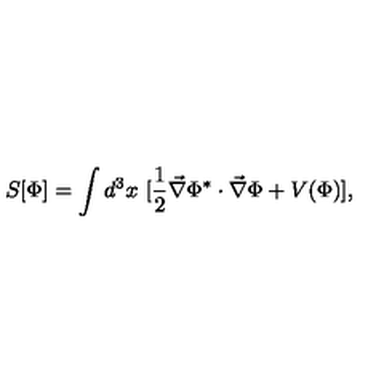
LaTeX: S [ \Phi ] = \int d ^ { 3 } x \ [ \frac { 1 } { 2 } \vec { \nabla } \Phi ^ { * } \cdot \vec { \nabla } \Phi + V ( \Phi ) ] ,